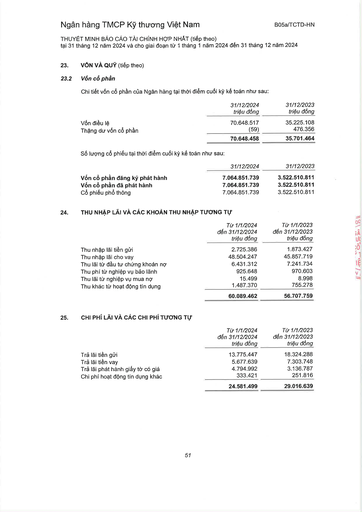
||31/12/2024 triệu đồng|31/12/2023 triệu đồng| |---|---|---| |Vốn điều lệ|70.648.517|35.225.108| |Thặng dư vốn cổ phần|(59)|476.356| ||70.648.458|35.701.464| ||31/12/2024|31/12/2023| |---|---|---| |Vốn cổ phần đăng ký phát hành|7.064.851.739|3.522.510.811| |Vốn cổ phần đã phát hành|7.064.851.739|3.522.510.811| |Cổ phiếu phổ thông|7.064.851.739|3.522.510.811| ||Từ 1/1/2024 đến 31/12/2024 triệu đồng|Từ 1/1/2023 đến 31/12/2023 triệu đồng| |---|---|---| |Thu nhập lãi tiền gửi|2.725.386|1.873.427| |Thu nhập lãi cho vay|48.504.247|45.857.719| |Thu lãi từ đầu tư chứng khoán nợ|6.431.312|7.241.734| |Thu phí từ nghiệp vụ bảo lãnh|925.648|970.603| |Thu lãi từ nghiệp vụ mua nợ|15.499|8.998| |Thu khác từ hoạt động tín dụng|1.487.370|755.278| ||60.089.462|56.707.759| ||Từ 1/1/2024 đến 31/12/2024 triệu đồng|Từ 1/1/2023 đến 31/12/2023 triệu đồng| |---|---|---| |Trả lãi tiền gửi|13.775.447|18.324.288| |Trả lãi tiền vay|5.677.639|7.303.748| |Trả lãi phát hành giấy tờ có giá|4.794.992|3.136.787| |Chi phí hoạt động tín dụng khác|333.421|251.816| ||24.581.499|29.016.639|